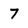
Character: 7